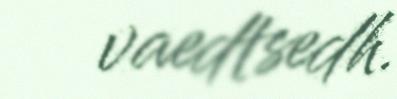
vaedtsedh.